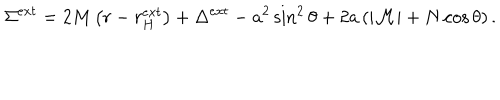
LaTeX: \Sigma ^ { e x t } = 2 M \left( r - r _ { H } ^ { e x t } \right) + \Delta ^ { e x t } - a ^ { 2 } \sin ^ { 2 } \theta + 2 a \left( | { \cal M } | + N \cos \theta \right) .